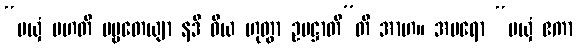
“မယှံ မဟတီ ပဗ္ဗတေယျာ နဒီ ဝိယ ဟုတွာ ဥပဋ္ဌာတီ”တိ အာဟ။ အပရော “မယှံ ဧကာ